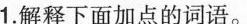
1.解释下面加点的词语。